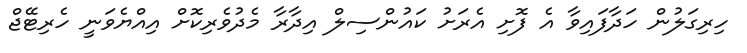
ހިރިގަލުން ހަދާފައިވާ އެ ފޮށި އެރަށު ކައުންސިލް އިދާރާ މެދުވެރިކޮށް އިއްޔެވަނީ ހެރިޓޭޖް